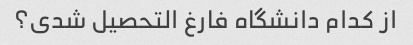
از کدام دانشگاه فارغ التحصیل شدی؟